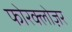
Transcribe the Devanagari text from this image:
फोरक्लोज़र